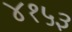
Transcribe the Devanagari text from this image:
४१५३